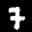
Label: 7